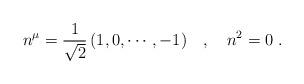
LaTeX: \begin{align*}n^\mu=\frac{1}{\sqrt{2}}\,(1,0,\cdots,-1)\ \ \ ,\ \ \ n^2=0\ .\end{align*}